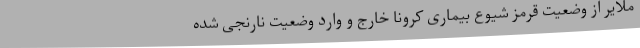
ملایر از وضعیت قرمز شیوع بیماری کرونا خارج و وارد وضعیت نارنجی شده